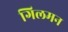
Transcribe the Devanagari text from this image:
गिलमन